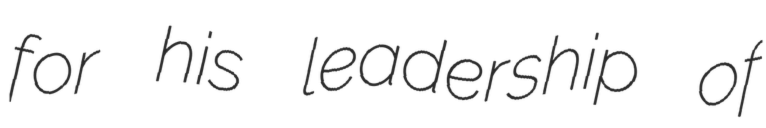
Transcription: for his leadership of